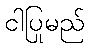
ငါပြုမည်